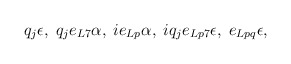
\begin{align*}q_{j}\epsilon, \; q_{j}e_{L7}\alpha, \; ie_{Lp}\alpha, \;iq_{j}e_{Lp7}\epsilon, \; e_{Lpq}\epsilon,\end{align*}